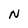
Character: N